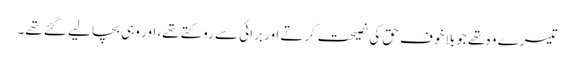
تیسرے وہ تھے جو بلا خوف حق کی نصیحت کرتے اور برائی سے روکتے تھے، اور وہی بچا لیے گئے تھے۔